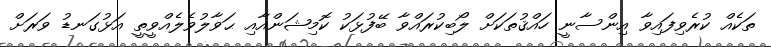
ތަކެއް ކުރެވިފައިވާ އިންސާނީ ހައްޤުތަކަށް ލޯބިކުރައްވާ ބޭފުޅަކު ކޮމިޝަންއާއި ޙަވާލުވެލެއްވީތީ އަޅުގަނޑު ވަރަށް